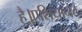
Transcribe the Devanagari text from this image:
है।एशियानेट